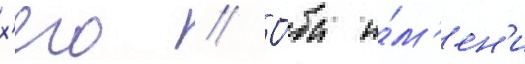
х'его // О́ба и́м'ен'и